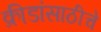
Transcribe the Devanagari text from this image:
क्रीडांसाठीचे